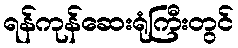
ရန်ကုန်ဆေးရုံကြီးတွင်